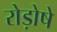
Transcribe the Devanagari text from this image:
रोड़ोषे